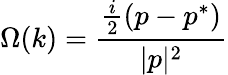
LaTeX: \Omega(k)=\frac{\frac{i}{2}(p-p^{*})}{|p|^{2}}